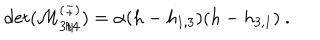
\det ( { \cal M } _ { 3 / 4 } ^ { ( \pm ) } ) = \alpha ( h - h _ { 1 , 3 } ) ( h - h _ { 3 , 1 } ) { } ~ .